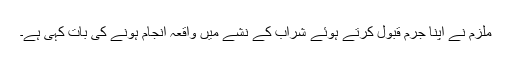
ملزم نے اپنا جرم قبول کرتے ہوئے شراب کے نشے میں واقعہ انجام ہونے کی بات کہی ہے۔